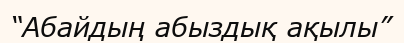
“Абайдың абыздық ақылы”